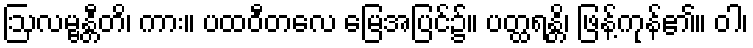
ဩလမ္ဗန္တီတိ၊ ကား။ ပထဝီတလေ မြေအပြင်၌။ ပတ္ထရန္တိ၊ ဖြန့်ကုန်၏။ ဝါ၊